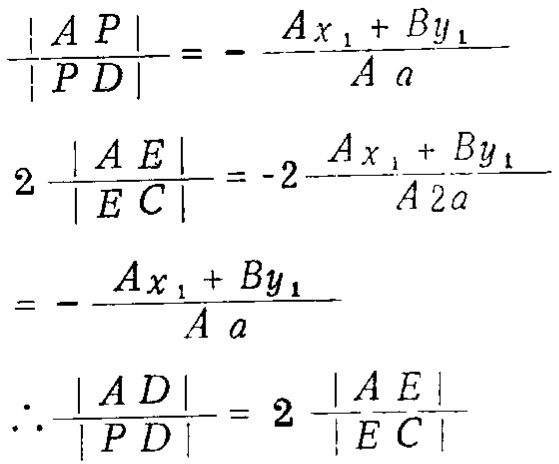
\[\begin{align*}
\frac{|AP|}{|PD|}&=-\frac{Ax_1 + By_1}{Aa}\\
2\frac{|AE|}{|EC|}&=-2\frac{Ax_1 + By_1}{A2a}\\
&=-\frac{Ax_1 + By_1}{Aa}\\
\therefore\frac{|AD|}{|PD|}&=2\frac{|AE|}{|EC|}
\end{align*}\]